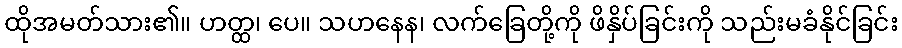
ထိုအမတ်သား၏။ ဟတ္ထ၊ ပေ။ သဟနေန၊ လက်ခြေတို့ကို ဖိနှိပ်ခြင်းကို သည်းမခံနိုင်ခြင်း